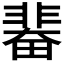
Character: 𩇼